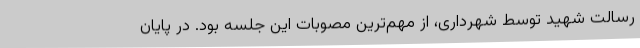
رسالت شهید توسط شهرداری، از مهم‌ترین مصوبات این جلسه بود. در پایان